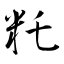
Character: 籷